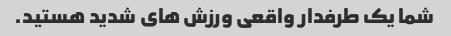
شما یک طرفدار واقعی ورزش های شدید هستید.